Document type: Sale
Year: 1274
Scribe: [Unknown]
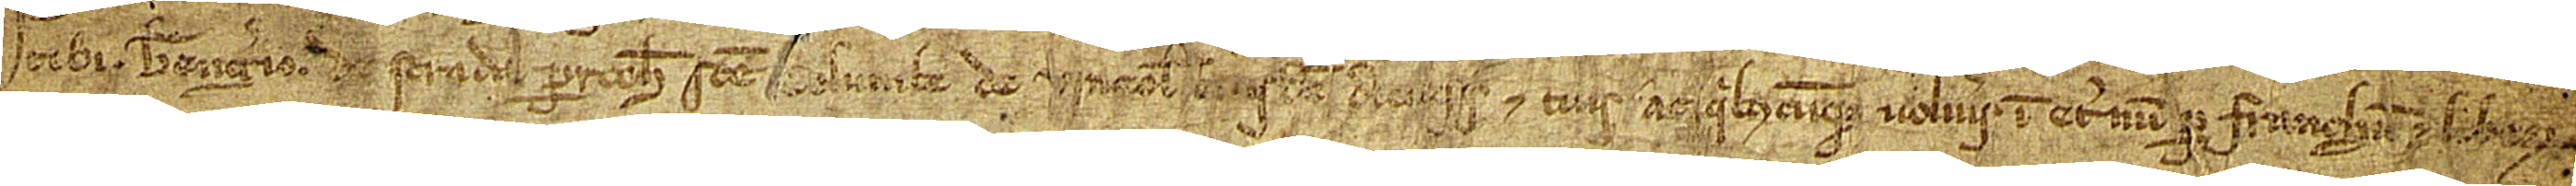
Berengario de Scradal, parrochie Sancte Columbe de Vineolis, eiusdem diocesis, et tuis ac quibuscumque volueris in eternum per franchum et liberum